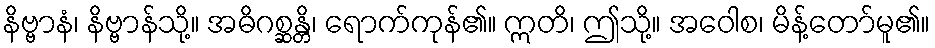
နိဗ္ဗာနံ၊ နိဗ္ဗာန်သို့။ အဓိဂစ္ဆန္တိ၊ ရောက်ကုန်၏။ ဣတိ၊ ဤသို့။ အဝေါစ၊ မိန့်တော်မူ၏။